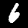
Label: 6